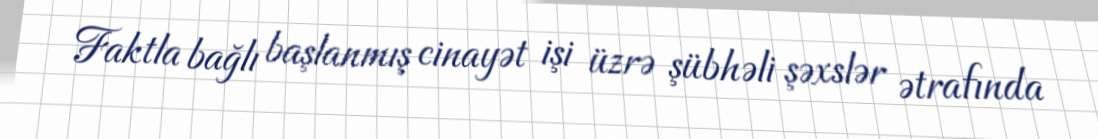
Faktla bağlı başlanmış cinayət işi üzrə şübhəli şəxslər ətrafında